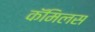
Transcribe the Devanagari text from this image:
कॅमिलस